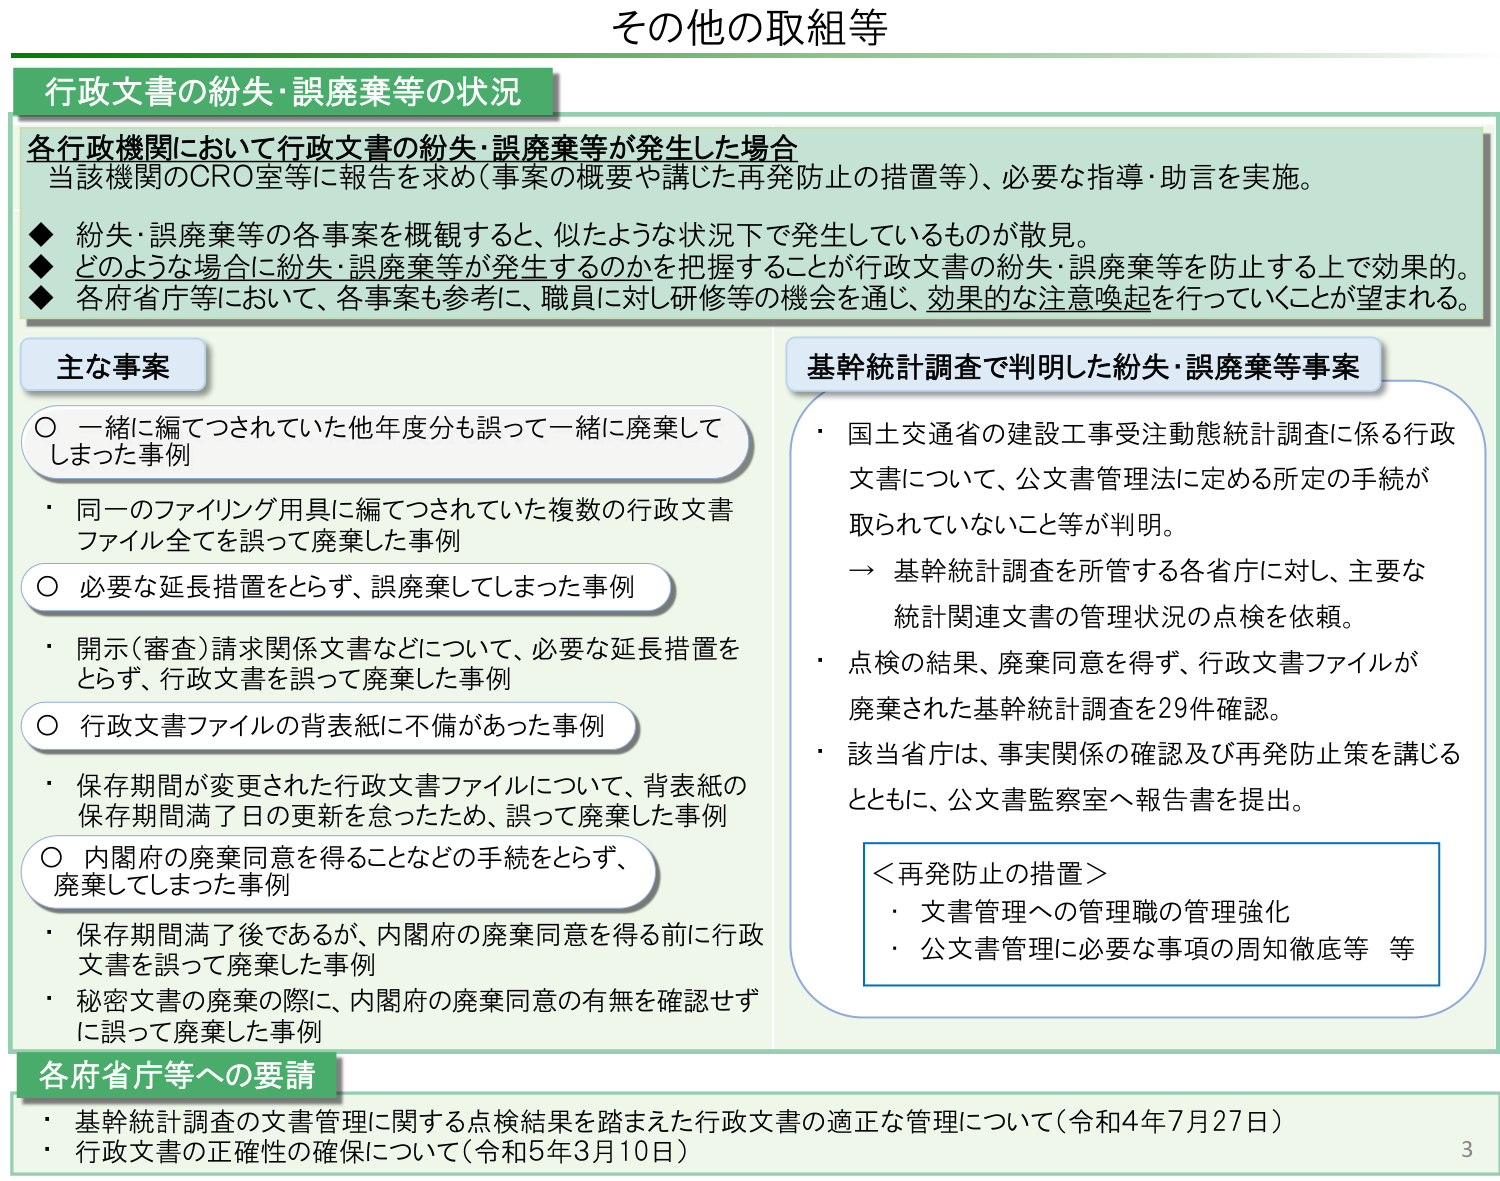
その他の取組等

行政文書の紛失・誤廃棄等の状況

各行政機関において行政文書の紛失・誤廃棄等が発生した場合
当該機関のCRO室等に報告を求め（事案の概要や講じた再発防止の措置等）、必要な指導・助言を実施。

◆ 紛失・誤廃棄等の各事案を概観すると、似たような状況下で発生しているものが散見。
◆ どのような場合に紛失・誤廃棄等が発生するのかを把握することが行政文書の紛失・誤廃棄等を防止する上で効果的。
◆ 各府省庁等において、各事案も参考に、職員に対し研修等の機会を通じ、効果的な注意喚起を行っていくことが望まれる。

主な事案

○ 一緒に編てつされていた他年度分も誤って一緒に廃棄してしまった事例
・ 同一のファイリング用具に編てつされていた複数の行政文書ファイル全てを誤って廃棄した事例

○ 必要な延長措置をとらず、誤廃棄してしまった事例
・ 開示（審査）請求関係文書などについて、必要な延長措置をとらず、行政文書を誤って廃棄した事例

○ 行政文書ファイルの背表紙に不備があった事例
・ 保存期間が変更された行政文書ファイルについて、背表紙の保存期間満了日の更新を怠ったため、誤って廃棄した事例

○ 内閣府の廃棄同意を得ることなどの手続をとらず、廃棄してしまった事例
・ 保存期間満了後であるが、内閣府の廃棄同意を得る前に行 政文書を誤って廃棄した事例
・ 秘密文書の廃棄の際に、内閣府の廃棄同意の有無を確認せず に誤って廃棄した事例

基幹統計調査で判明した紛失・誤廃棄等事案

・ 国土交通省の建設工事受注動態統計調査に係る行政文書について、公文書管理法に定める所定の手続が取られていないこと等が判明。
→ 基幹統計調査を所管する各省庁に対し、主要な統計関連文書の管理状況の点検を依頼。

・ 点検の結果、廃棄同意を得ず、行政文書ファイルが廃棄された基幹統計調査を29件確認。

・ 該当省庁は、事実関係の確認及び再発防止策を講じるとともに、公文書監察室へ報告書を提出。

＜再発防止の措置＞
・ 文書管理への管理職の管理強化
・ 公文書管理に必要な事項の周知徹底等 等

各府省庁等への要請

・ 基幹統計調査の文書管理に関する点検結果を踏まえた行政文書の適正な管理について（令和4年7月27日）
・ 行政文書の正確性の確保について（令和5年3月10日）

3